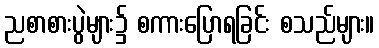
ညစာစားပွဲများ၌ စကားပြောရခြင်း စသည်များ။